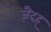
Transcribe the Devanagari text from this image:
ज़ैदह्